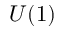
U ( 1 )